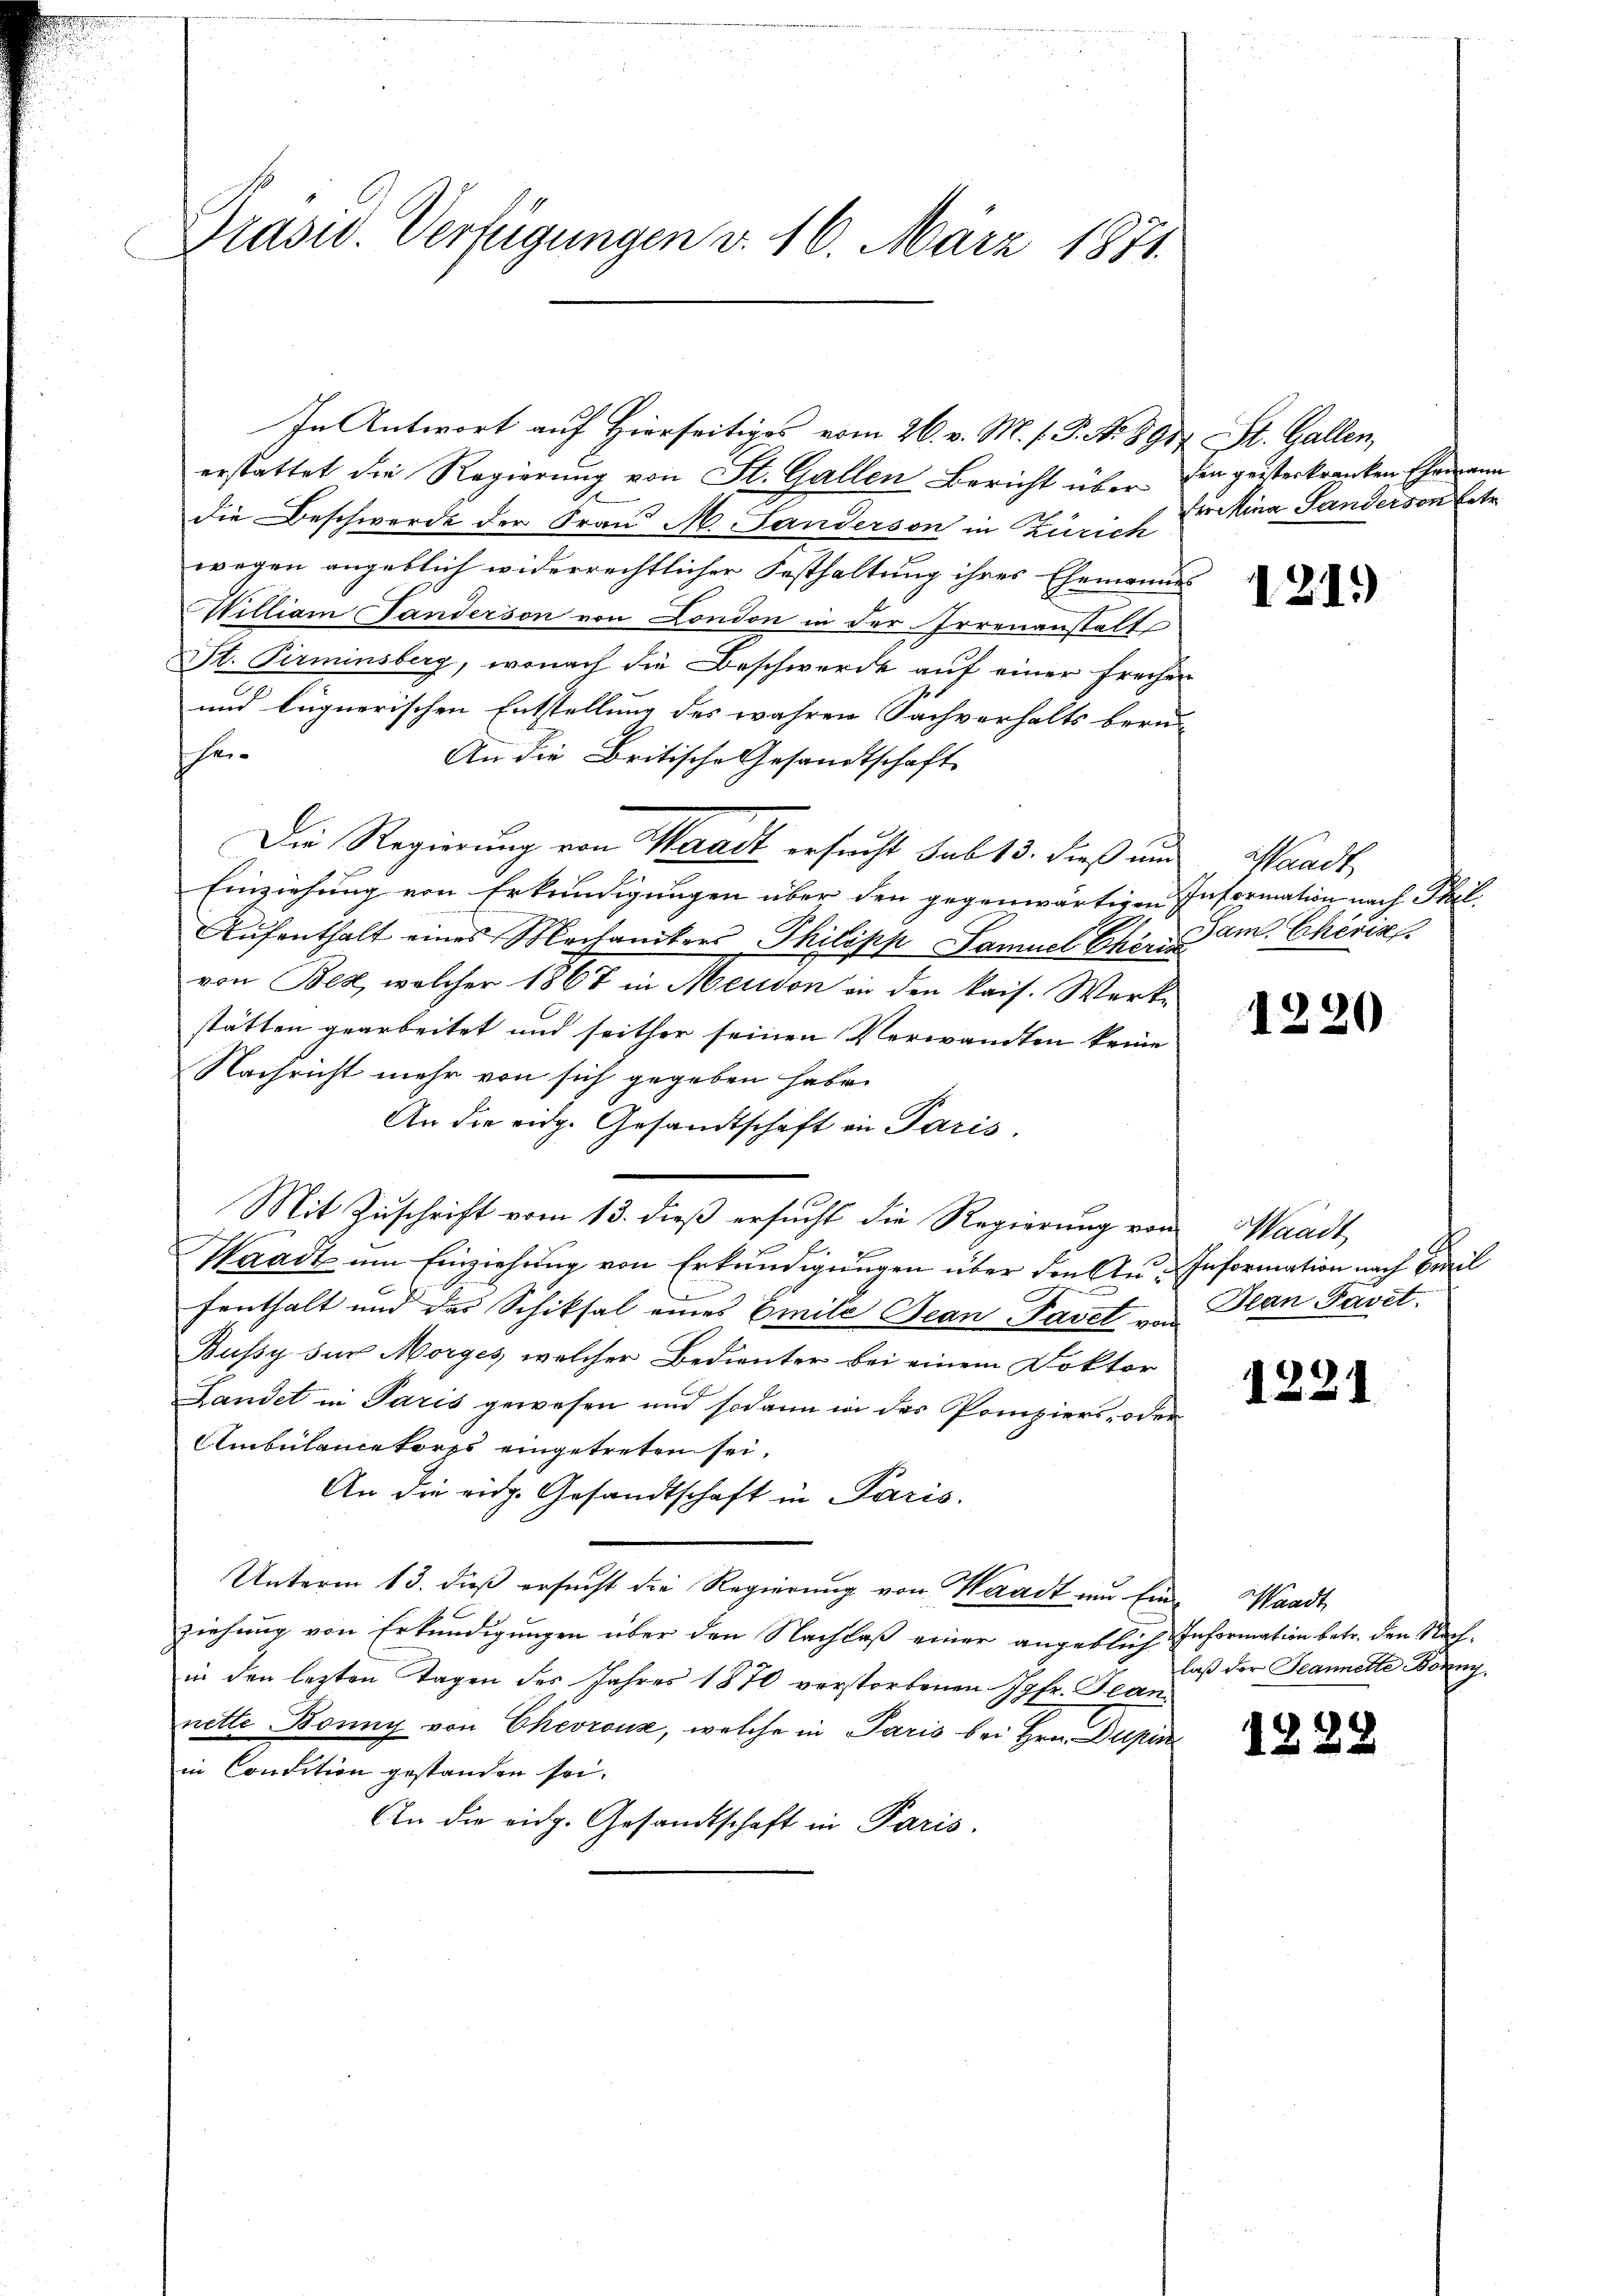
Präsid. Verfügungen v. 16. März 1871.

In Antwort auf Hierseitiges vom 26. v. M. s. S. Nr. 895 St. Gallen,
erstattet die Regierung von St. Gallen Bericht über den geisterkranken Ehema
b
die Beschwerde der Frau M. Landerson in Zürich
wegen angeblich widerrechtlicher Festhaltung ihres Ehemannes
William Tanderson von London in der Irrenanstalt
St. Pirminsberg, wonach die Beschwerde auf einer freihen
und lignerischen Entstellung des wahren Sachverhalts beru-
Ihr
An die Britische Gesandtschaft
Die Regierung von Waadt ersucht sub 15. dieß und Waadt
Einziehung von Erkundigungen über den gegenwärtigen Information nach Theil
Aufenthalt eines Mechanikers Philipp Samuel Schön am Cheris
von Bes, welcher 1867 in Meudon in den kais. Werkstätten gearbeitet und seither seinen Verwandten keine
Nachricht mehr von sich gegeben habe.
An die eidg. Gesandtschaft in Paris.
Mit Zuschrift vom 13. dieß ersucht die Regierung von Waadt
Waadt um Einziehung von Erkundigungen über den And Information nach Freil
fenthalt und des Schiksal eines Emile Jean Pavet von Plan Pavet
Bussy für Morges, welcher Bedienter bei einem Doktor
Landet in Paris gewesen und sodann in des Pompiers- oder
Ambülancekorps eingetreten sei,
An die eidg. Gesandtschaft in Paris.
Unterm 13. dieß ersucht die Regierung von Waadt und Ein-
ziehung von Erkundigungen über den Nachlaß einer angeblich Information betr. den Nachin den lezten Tagen des Jahres 1870 verstorbenen Jgfr. Jean
nette Bonny von Chevroux, welche in Paris bei Hrn. Dupin
in Condition gestanden sei.
An die eidg. Gesandtschaft in Paris.

ferina Sanderson betr.

121.

1220

1221

Waadt
laß der Jeannette Bonny,

1222